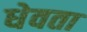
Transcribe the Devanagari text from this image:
धेवता